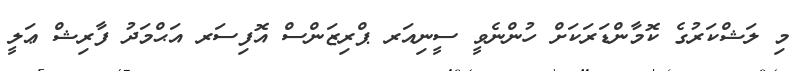
މި ލަޝްކަރުގެ ކޮމާންޑަރަކަށް ހުންނެވީ ސީނިއަރ ޕްރިޒަންސް އޮފިސަރ އަޙްމަދު ފާރިޝް ޢަލީ